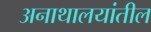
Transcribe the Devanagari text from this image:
अनाथालयांतील